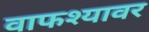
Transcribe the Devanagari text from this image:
वाफश्यावर